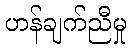
ဟန်ချက်ညီမှု